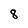
Character: 8